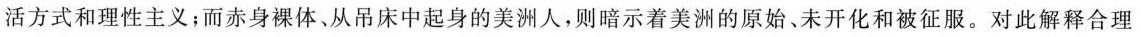
活方式和理性主义；而赤身裸体、从吊床中起身的美洲人，则暗示着美洲的原始、未开化和被征服。对此解释合理